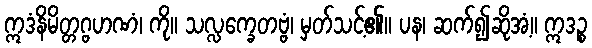
ဣဒံနိမိတ္တဂ္ဗဟဏံ၊ ကို။ သလ္လက္ခေတဗ္ဗံ၊ မှတ်သင့်၏။ ပန၊ ဆက်၍ဆိုအံ့။ ဣဒဉ္စ